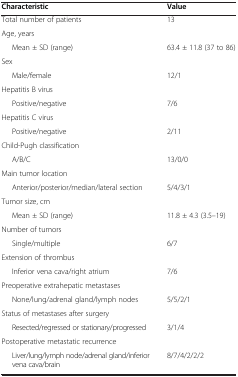
| Characteristic | Value |
 | --- | --- |
 | Total number of patients | 13 |
 | Age, years |  |
 | Mean ± SD (range) | 63.4 ± 11.8 (37 to 86) |
 | Sex |  |
 | Male/female | 12/1 |
 | Hepatitis B virus |  |
 | Positive/negative | 7/6 |
 | Hepatitis C virus |  |
 | Positive/negative | 2/11 |
 | Child-Pugh classification |  |
 | A/B/C | 13/0/0 |
 | Main tumor location |  |
 | Anterior/posterior/median/lateral section | 5/4/3/1 |
 | Tumor size, cm |  |
 | Mean ± SD (range) | 11.8 ± 4.3 (3.5–19) |
 | Number of tumors |  |
 | Single/multiple | 6/7 |
 | Extension of thrombus |  |
 | Inferior vena cava/right atrium | 7/6 |
 | Preoperative extrahepatic metastases |  |
 | None/lung/adrenal gland/lymph nodes | 5/5/2/1 |
 | Status of metastases after surgery |  |
 | Resected/regressed or stationary/progressed | 3/1/4 |
 | Postoperative metastatic recurrence |  |
 | Liver/lung/lymph node/adrenal gland/inferior vena cava/brain | 8/7/4/2/2/2 |